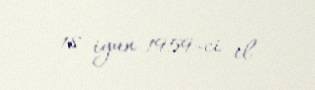
18 iyun 1959-ci il